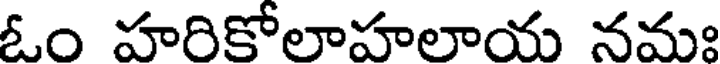
ఓం హరికోలాహలాయ నమః